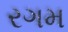
રગમ